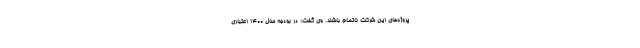
پروژه‌های این شرکت ناتمام باشند. وی گفت: در بودجه سال ۱۴۰۰ اعتباری